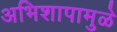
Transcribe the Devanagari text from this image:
अभिशापामुळे